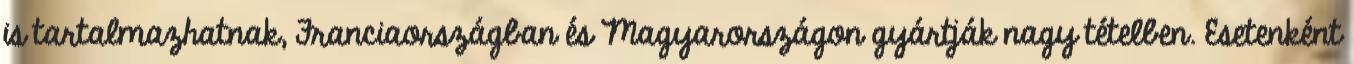
is tartalmazhatnak, Franciaországban és Magyarországon gyártják nagy tételben. Esetenként